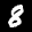
Label: 8